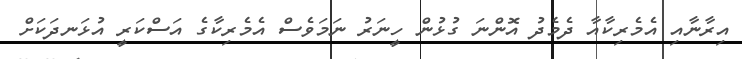
އިރާނާއި އެމެރިކާއާ ދެމެދު އޮންނަ ގުޅުން ހީނަރު ނަމަވެސް އެމެރިކާގެ އަސްކަރީ އުޅަނދަކަށް